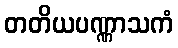
တတိယပဏ္ဏာသကံ